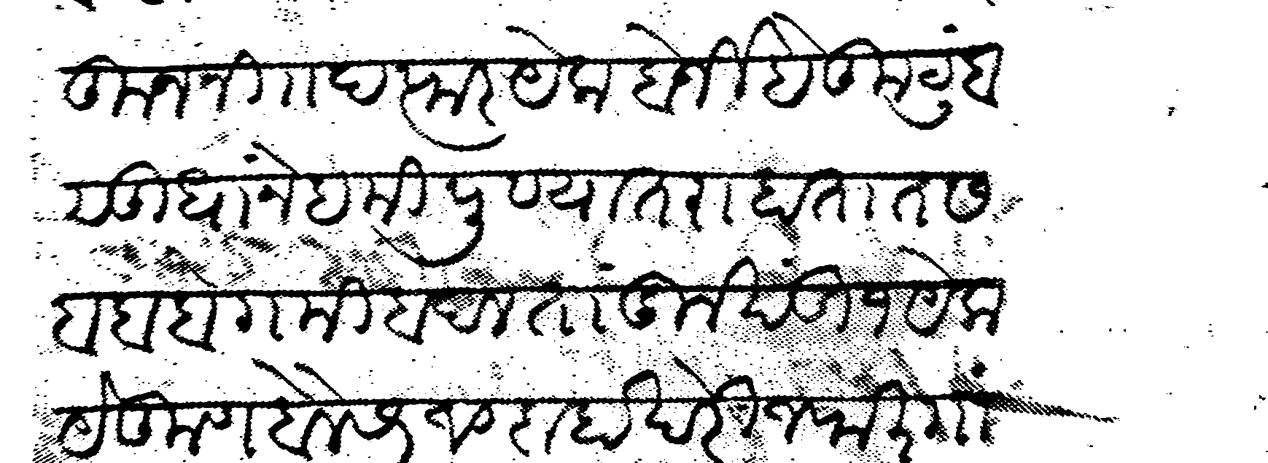
Transliteration (Devanagari): कारकुन नि दफतर येक बेर्जी हे कुटुंब सुधा नेहमी पुण्यात राहातात सबब बेगमी बदल तांदुल खंडी १ येक येकुण बैल सर १० दाहा खेरीज फिरगांण